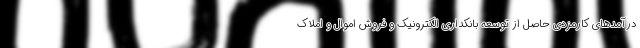
درآمدهای کارمزدی حاصل از توسعه بانکداری الکترونیک و فروش اموال و املاک